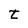
Character: t